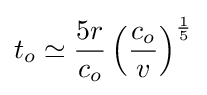
t_{o}\simeq {\frac {5r}{c_{o}}}\left({\frac {c_{o}}{v}}\right)^{\frac {1}{5}}